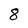
Character: 8